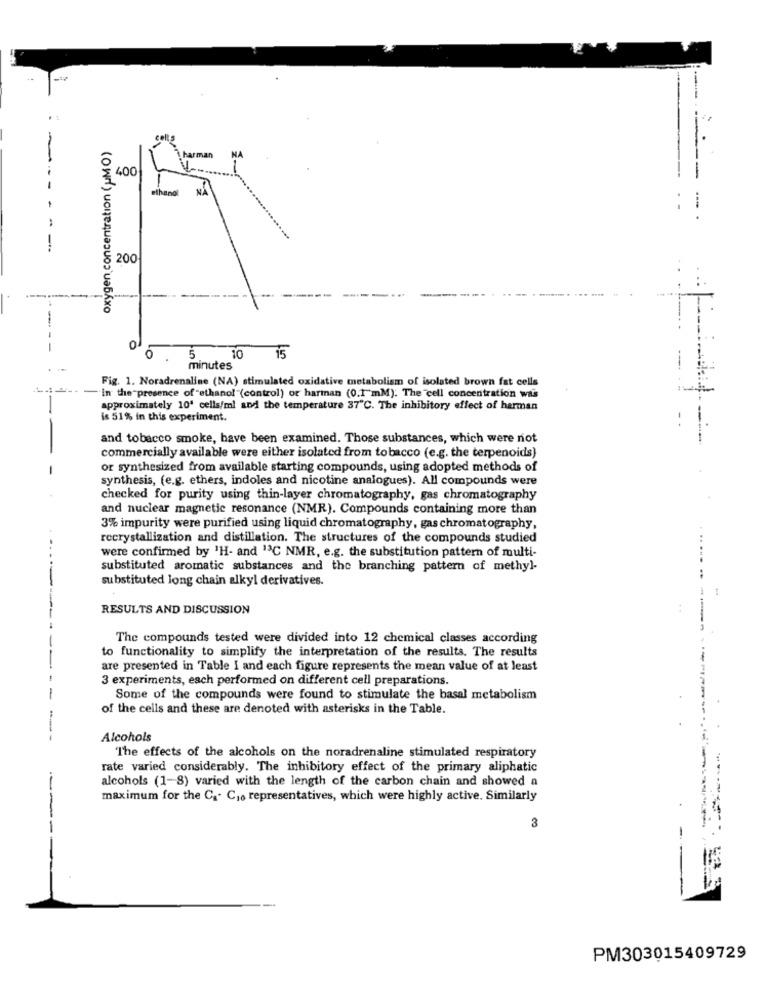
oxygen concentration (uM O)
Arman
400
thand
NA
200
:
0
5 10 15
minutes
Fig. 1. Noradrenaline (NA) stimulated oxidative metabolism of isolated brown fat cells
In the presence of "ethanol "(control) or harman (0.1"mM). The cell concentration wi's
approximately 10' cells/ml and the temperature 37℃. The inhibitory effect of herman
is 51% in this experiment.
and tobacco smoke, have been examined. Those substances, which were not
commercially available were either isolated from tobacco (e.g. the terpenoids)
or synthesized from available starting compounds, using adopted methods of
synthesis, (e.g. ethers, indoles and nicotine analogues). All compounds were
checked for purity using thin-layer chromatography, gas chromatography
and nuclear magnetic resonance (NMR). Compounds containing more than
3% impurity were purified using liquid chromatography, gas chromatography,
recrystallization and distillation. The structures of the compounds studied
were confirmed by 1H- and "3C NMR, e.g. the substitution pattern of multi-
substituted aromatic substances and the branching pattern of methyl-
substituted long chain alkyl derivatives.
RESULTS AND DISCUSSION
The compounds tested were divided into 12 chemical classes according
to functionality to simplify the interpretation of the results. The results
are presented in Table I and each figure represents the mean value of at least
3 experiments, each performed on different cell preparations.
Some of the compounds were found to stimulate the basal metabolism
of the cells and these are denoted with asterisks in the Table.
Alcohols
"The effects of the alcohols on the noradrenaline stimulated respiratory
rate varied considerably. The inhibitory effect of the primary aliphatic
alcohols (1-8) varied with the length of the carbon chain and showed a
maximum for the C& C10 representatives, which were highly active. Similarly
3
PM303015409729